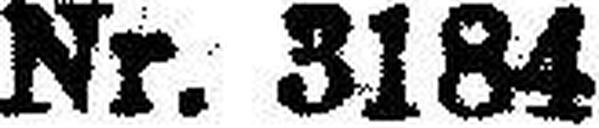
Nr. 3184